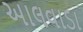
અાલવાડા